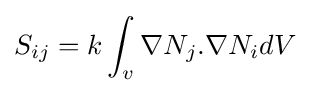
S_{ij}=k\int _{v}\nabla N_{j}.\nabla N_{i}dV